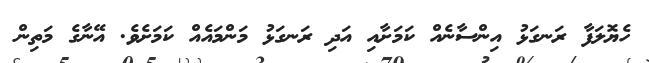
ހެޔޮލަފާ ރަނގަޅު އިންސާނެއް ކަމަށާއި އަދި ރަނގަޅު މަންމައެއް ކަމަށެވެ. އޭނާގެ މަތިން